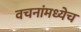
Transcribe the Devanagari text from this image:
वचनांमध्येच